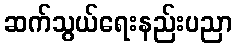
ဆက်သွယ်ရေးနည်းပညာ